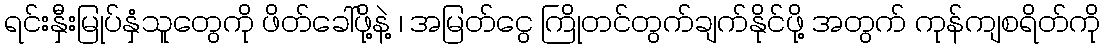
ရင်းနှီးမြုပ်နှံသူတွေကို ဖိတ်ခေါ်ဖို့နဲ့ ၊ အမြတ်ငွေ ကြိုတင်တွက်ချက်နိုင်ဖို့ အတွက် ကုန်ကျစရိတ်ကို